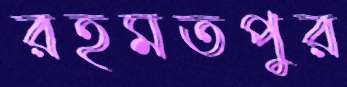
রহমতপুর